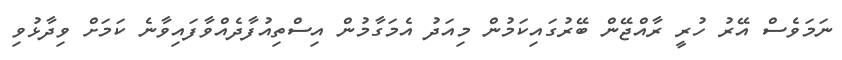
ނަމަވެސް އޭރު ހުރީ ރާއްޖޭން ބޭރުގައިކަމުން މިއަދު އެމަގާމުން އިސްތިއުފާދެއްވާފައިވާނެ ކަމަށް ވިދާޅުވި